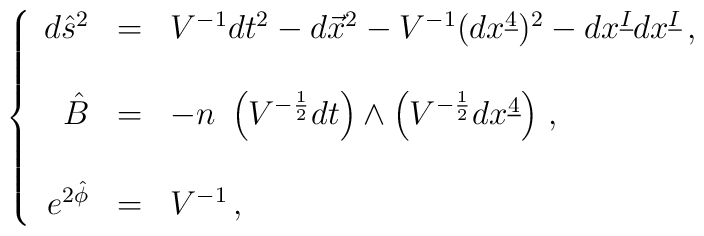
\left\{\begin{array}{rcl}d\hat{s}^{2} & = & V^{-1}dt^{2} -d\vec{x}^{2}-V^{-1}(dx^{\underline{4}})^{2}-dx^{\underline{I}} dx^{\underline{I}}\, , \\& & \\\hat{B} & = & -n\ \left( V^{-\frac{1}{2}}dt \right) \wedge\left( V^{-\frac{1}{2}}dx^{\underline{4}} \right)\, ,\\& & \\e^{2\hat{\phi}} & = & V^{-1}\, ,\end{array}\right.